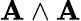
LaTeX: \mathbf{A}\wedge\mathbf{A}